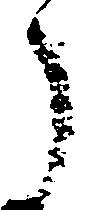
了